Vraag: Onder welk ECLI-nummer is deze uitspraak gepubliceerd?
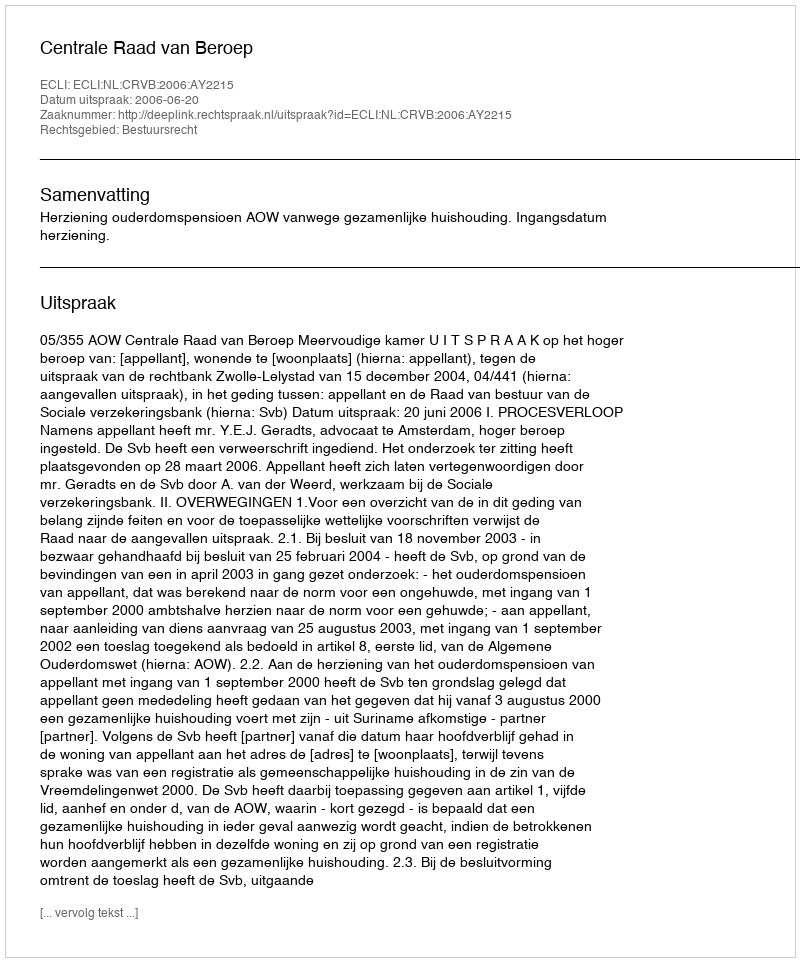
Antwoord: ECLI:NL:CRVB:2006:AY2215